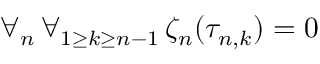
\forall _ { n } \, \forall _ { 1 \ge k \ge n - 1 } \, \zeta _ { n } ( \tau _ { n , k } ) = 0